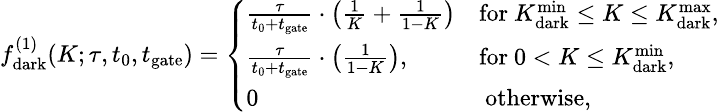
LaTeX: \small{f_{\mathit{\mathrm{dark}}}^{(1)}(K;\tau,t_{0},t_{\mathrm{gate}})=\left\{ \begin{array}{ll}{\frac{\tau}{t_{0}+t_{\mathrm{gate}}}\cdot\left(\frac{1}{K}+\frac{1}{1-K}\right)}&{\mathrm{for~}K_{\mathrm{dark}}^{\mathrm{min}}\leq K\leq K_{\mathrm{dark}}^{\mathrm{max}},}\\ {\frac{\tau}{t_{0}+t_{\mathrm{gate}}}\cdot\left(\frac{1}{1-K}\right),}&{\mathrm{for~}0<K\leq K_{\mathrm{dark}}^{\mathrm{min}},}\\ {0}&{\mathrm{~otherwise},}\end{array}\right.}